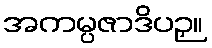
အကမ္ပဇာဒိပဉှ။